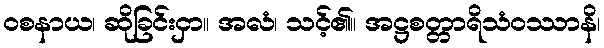
ဝစနာယ၊ ဆိုခြင်းငှာ။ အလံ၊ သင့်၏။ အဋ္ဌစတ္တာရိသံဝဿာနိ၊